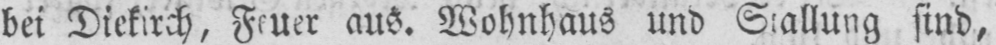
bei Diekirch, Feuer aus. Wohnhaus und Stallung sind,